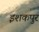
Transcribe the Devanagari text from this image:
इशकपुर